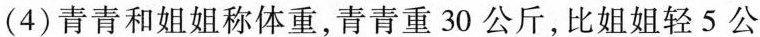
(4)青青和姐姐称体重，青青重30公斤，比姐姐轻5公